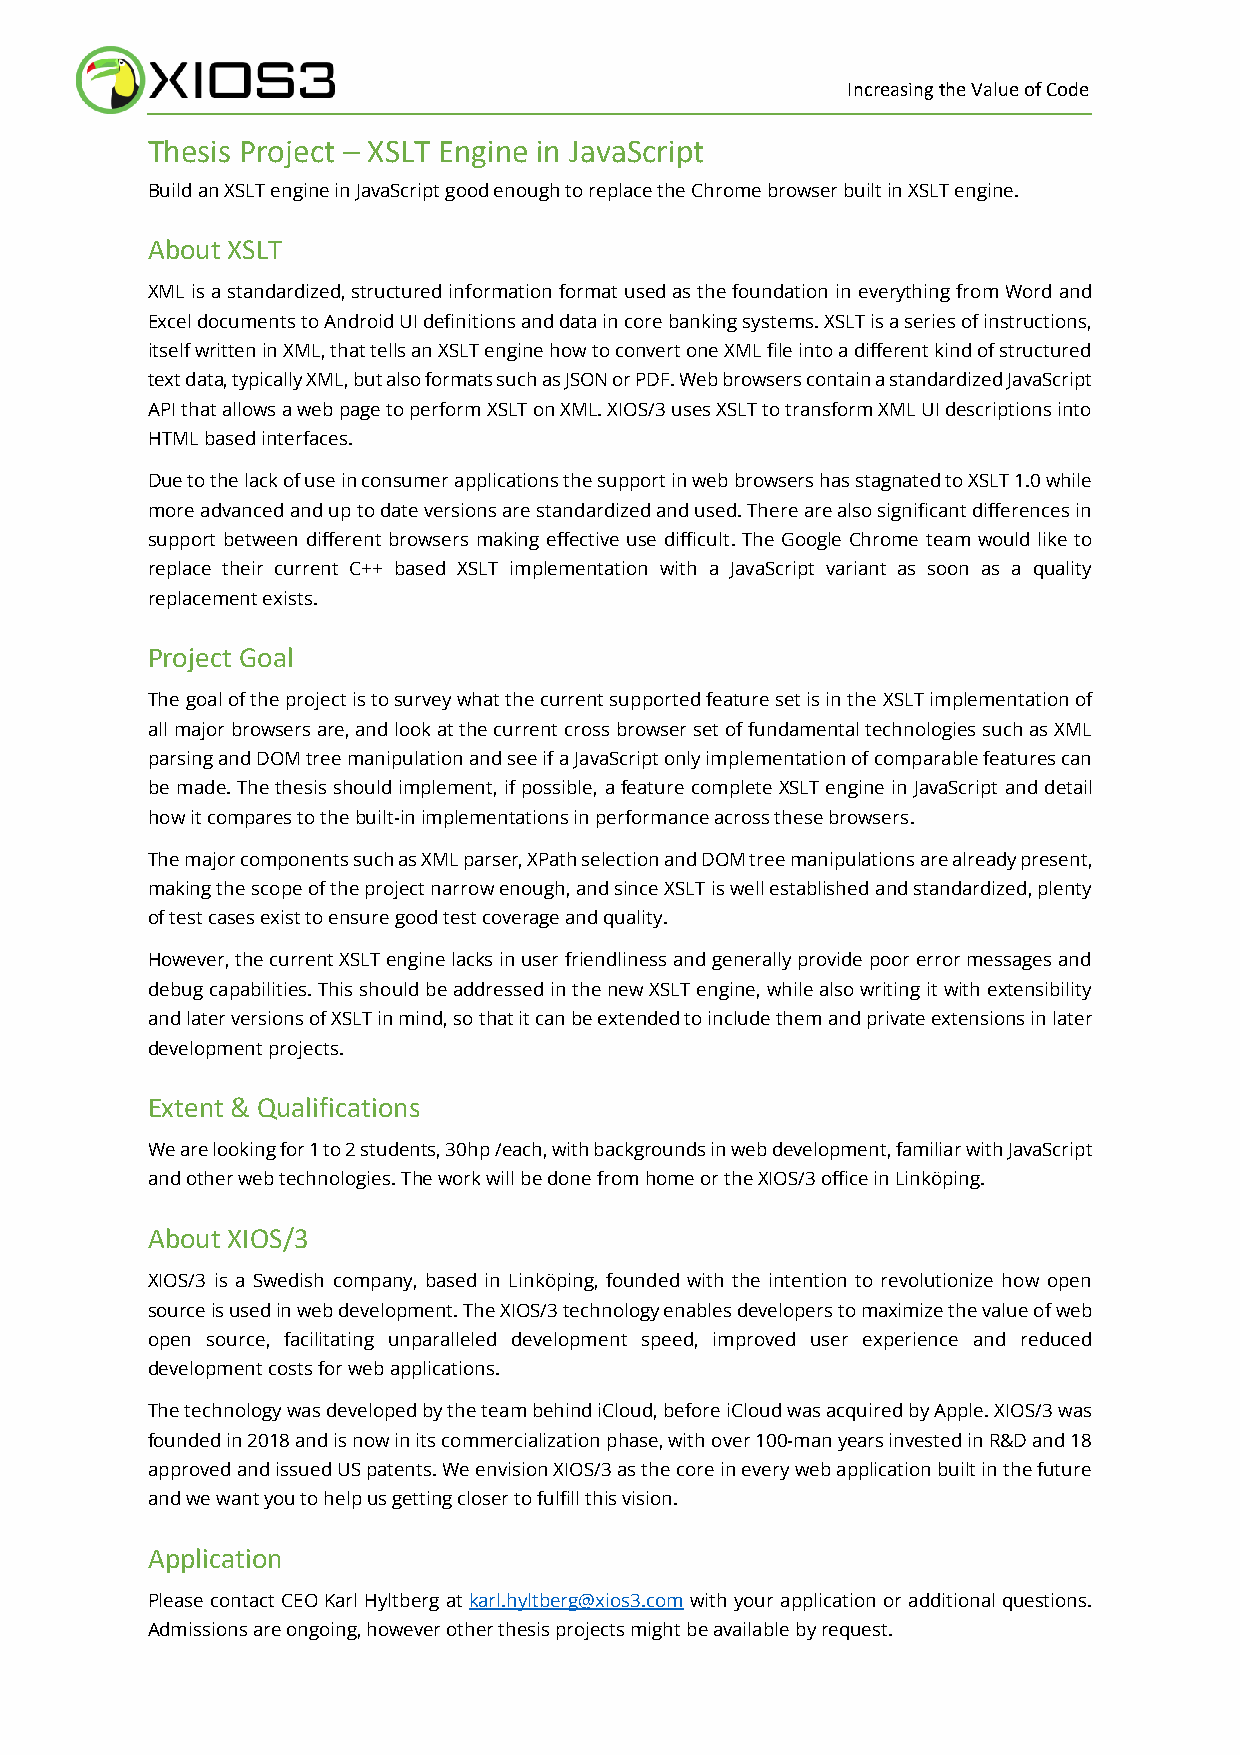
Increasing the Value of Code
 Thesis Project – XSLT Engine in JavaScript
 Build an XSLT engine in JavaScript good enough to replace the Chrome browser built in XSLT engine.
 About XSLT
 XML is a standardized, structured information format used as the foundation in everything from Word and
 Excel documents to Android UI definitions and data in core banking systems. XSLT is a series of instructions,
 itself written in XML, that tells an XSLT engine how to convert one XML file into a different kind of structured
 text data, typically XML, but also formats such as JSON or PDF. Web browsers contain a standardized JavaScript
 API that allows a web page to perform XSLT on XML. XIOS/3 uses XSLT to transform XML UI descriptions into
 HTML based interfaces.
 Due to the lack of use in consumer applications the support in web browsers has stagnated to XSLT 1.0 while
 more advanced and up to date versions are standardized and used. There are also significant differences in
 support between different browsers making effective use difficult. The Google Chrome team would like to
 replace their current C++ based XSLT implementation with a JavaScript variant as soon as a quality
 replacement exists.
 Project Goal
 The goal of the project is to survey what the current supported feature set is in the XSLT implementation of
 all major browsers are, and look at the current cross browser set of fundamental technologies such as XML
 parsing and DOM tree manipulation and see if a JavaScript only implementation of comparable features can
 be made. The thesis should implement, if possible, a feature complete XSLT engine in JavaScript and detail
 how it compares to the built-in implementations in performance across these browsers.
 The major components such as XML parser, XPath selection and DOM tree manipulations are already present,
 making the scope of the project narrow enough, and since XSLT is well established and standardized, plenty
 of test cases exist to ensure good test coverage and quality.
 However, the current XSLT engine lacks in user friendliness and generally provide poor error messages and
 debug capabilities. This should be addressed in the new XSLT engine, while also writing it with extensibility
 and later versions of XSLT in mind, so that it can be extended to include them and private extensions in later
 development projects.
 Extent & Qualifications
 We are looking for 1 to 2 students, 30hp /each, with backgrounds in web development, familiar with JavaScript
 and other web technologies. The work will be done from home or the XIOS/3 office in Linköping.
 About XIOS/3
 XIOS/3 is a Swedish company, based in Linköping, founded with the intention to revolutionize how open
 source is used in web development. The XIOS/3 technology enables developers to maximize the value of web
 open source, facilitating unparalleled development speed, improved user experience and reduced
 development costs for web applications.
 The technology was developed by the team behind iCloud, before iCloud was acquired by Apple. XIOS/3 was
 founded in 2018 and is now in its commercialization phase, with over 100-man years invested in R&D and 18
 approved and issued US patents. We envision XIOS/3 as the core in every web application built in the future
 and we want you to help us getting closer to fulfill this vision.
 Application
 Please contact CEO Karl Hyltberg at karl.hyltberg@xios3.com with your application or additional questions.
 Admissions are ongoing, however other thesis projects might be available by request.